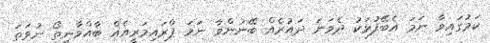
ކަމުގައިވާ ނަމަ އެބޭފުޅަކު ދެވަނަ ދައުރެއް ބޭނުންވާ ނަމަ ޕްރައިމަރީއެއް ބާއްވާނީތޯ ނުވަތަ